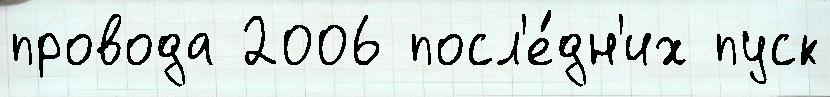
провода 2006 посл'е́дн'их пуск